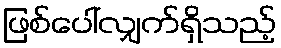
ဖြစ်ပေါ်လျှက်ရှိသည့်